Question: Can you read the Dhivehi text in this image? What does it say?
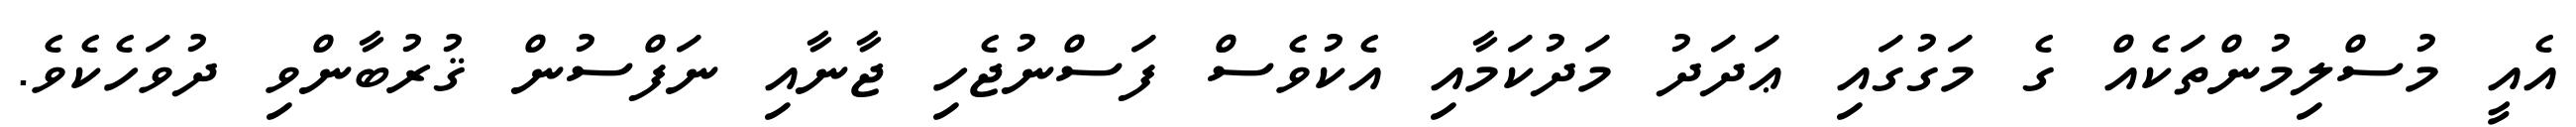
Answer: އެއީ މުސްލިމުންތަކެއް ގެ މަގުގައި ޢަދަދު މަދުކަމާއި އެކުވެސް ފަސްނުޖެހި ޖާނާއި ނަފްސުން ޤުރުބާންވި ދުވަހެކެވެ.